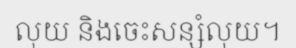
លុយ និងចេះសន្សំលុយ។